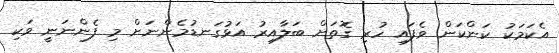
އެކަމަކު ކަންކަން ވެފައި ހުރި ގޮތަށް ބަލާއިރު އަޅުގަނޑުމެންނަށް މި ފެންނަނީ ވަކި